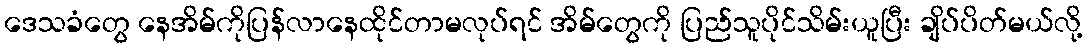
ဒေသခံတွေ နေအိမ်ကိုပြန်လာနေထိုင်တာမလုပ်ရင် အိမ်တွေကို ပြည်သူပိုင်သိမ်းယူပြီး ချိပ်ပိတ်မယ်လို့